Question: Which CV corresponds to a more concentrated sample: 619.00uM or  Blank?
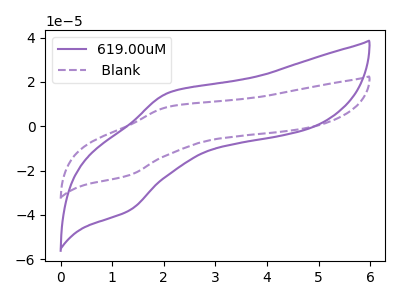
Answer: <think>The purple curve "619.00uM" has an anodic peak at (2.10V, 15.10uA) and a cathodic peak at (1.30V, -38.05uA). The purple dashed curve " Blank" has an anodic peak at (2.10V, 8.75uA) and a cathodic peak at (1.30V, -22.15uA).
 All the peaks in "619.00uM" have a peak in " Blank" at the same potential. Every peak in "619.00uM" is higher than every peak in " Blank".</think>
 <answer>"619.00uM" has more signal than " Blank" and so likely has a higher concentration.</answer>
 <eval>more_concentration</eval>